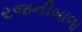
રજનીબાળા